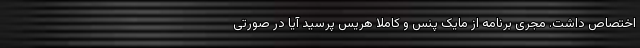
اختصاص داشت. مجری برنامه از مایک پنس و کاملا هریس پرسید آیا در صورتی